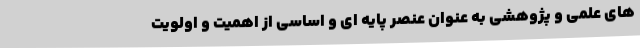
های علمی و پژوهشی به عنوان عنصر پایه ای و اساسی از اهمیت و اولویت